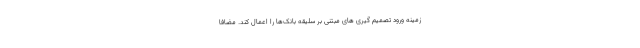
زمینه ورود تصمیم گیری های مبتنی بر سلیقه بانک‌ها را اعمال کند. مضافاً